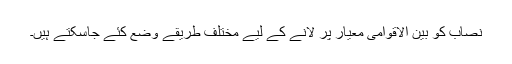
نصاب کو بین الاقوامی معیار پر لانے کے لیے مختلف طریقے وضع کئے جاسکتے ہیں۔